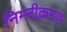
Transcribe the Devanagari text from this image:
निम्नीक्रमण